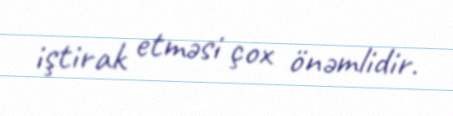
iştirak etməsi çox önəmlidir.